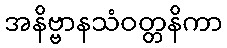
အနိဗ္ဗာနသံဝတ္တနိကာ